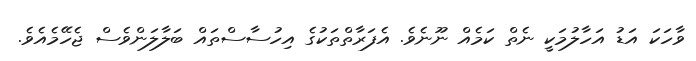
ވާހަކަ އަޑު އަހާލުމަކީ ނެތް ކަމެއް ނޫނެވެ. އެފަރާތްތަކުގެ އިހުސާސްތައް ބަލާލަންވެސް ޖެހޭމެއެވެ.